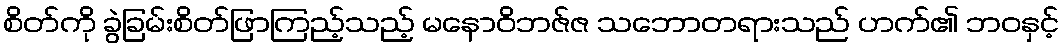
စိတ်ကို ခွဲခြမ်းစိတ်ဖြာကြည့်သည့် မနောဝိဘဇ်ဇ သဘောတရားသည် ဟက်၏ ဘဝနှင့်